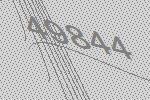
49844